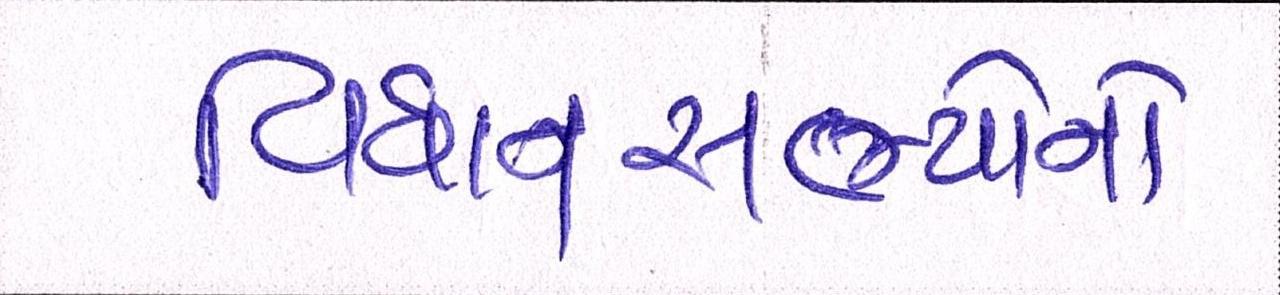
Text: વિધાનસભ્યોનો